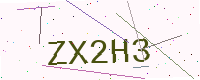
Text: ZX2H3